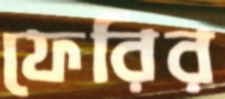
ফেরির